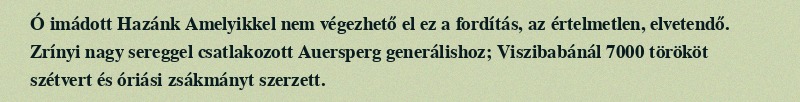
Ó imádott Hazánk Amelyikkel nem végezhető el ez a fordítás, az értelmetlen, elvetendő. Zrínyi nagy sereggel csatlakozott Auersperg generálishoz; Viszibabánál 7000 törököt szétvert és óriási zsákmányt szerzett.